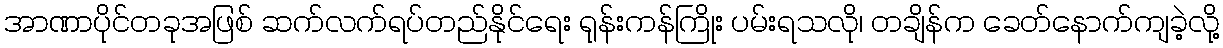
အာဏာပိုင်တခုအဖြစ် ဆက်လက်ရပ်တည်နိုင်ရေး ရုန်းကန်ကြိုး ပမ်းရသလို၊ တချိန်က ခေတ်နောက်ကျခဲ့လို့